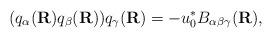
LaTeX: \begin{align*}(q_{\alpha}({\bf R}) q_{\beta}({\bf R})) q_{\gamma}({\bf R}) = - u_{0}^{*} B_{\alpha \beta \gamma}({\bf R}),\end{align*}